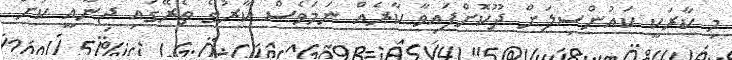
މި ކާރަކީ ކައުންސިލަށް ދޫކޮށްފައިވާ ކާރެއް ނަމަވެސް ކާރުގެ ތެރޭގައި ޖިނާއީ ކުށް